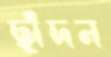
ছাঁদন